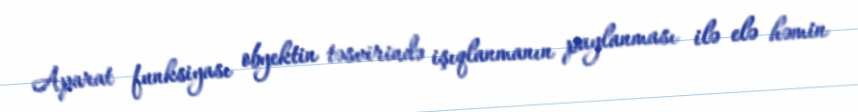
Aparat funksiyası obyektin təsvirində işıqlanmanın paylanması ilə elə həmin